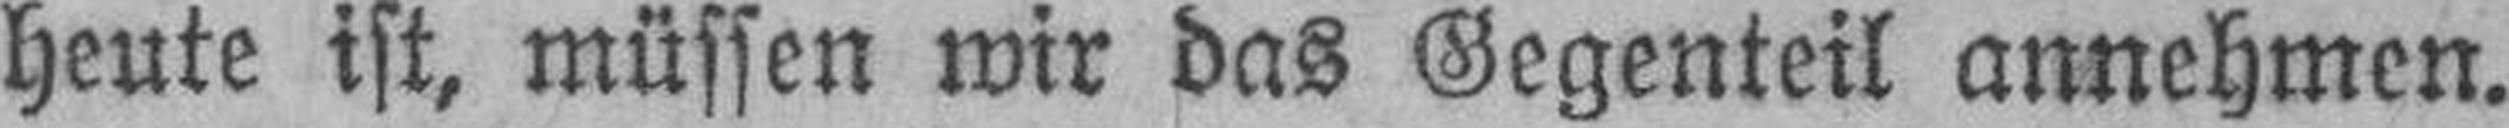
heute ist, müssen wir das Gegenteil annehmen.